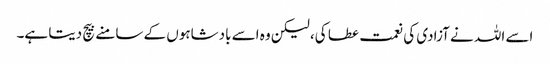
اسے اللہ نے آزادی کی نعمت عطا کی، لیکن وہ اسے بادشاہوں کے سامنے بیچ دیتا ہے۔